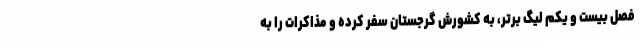
فصل بیست و یکم لیگ برتر، به کشورش گرجستان سفر کرده و مذاکرات را به